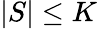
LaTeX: |S|\leq K